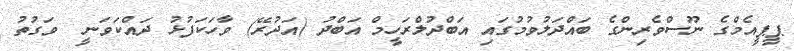
ޕީޕީއެމްގެ ނޫސްވެރިންގެ ބައްދަލުވުމުގައި އަބްދުލްރަހީމް އަބްދު (އަދުރޭ) ވާހަކަފުޅު ދައްކަވަނީ  ވަގުތު